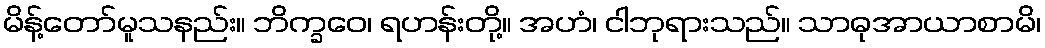
မိန့်တော်မူသနည်း။ ဘိက္ခဝေ၊ ရဟန်းတို့။ အဟံ၊ ငါဘုရားသည်။ သာဓုအာယာစာမိ၊